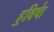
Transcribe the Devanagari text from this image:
ह॒विषा॑